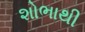
શોભાથી